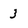
Character: 3